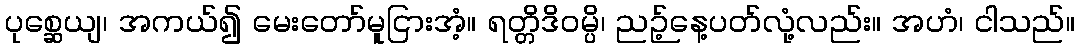
ပုစ္ဆေယျ၊ အကယ်၍ မေးတော်မူငြားအံ့။ ရတ္တိဒိဝမ္ပိ၊ ညဉ့်နေ့ပတ်လုံ့လည်း။ အဟံ၊ ငါသည်။